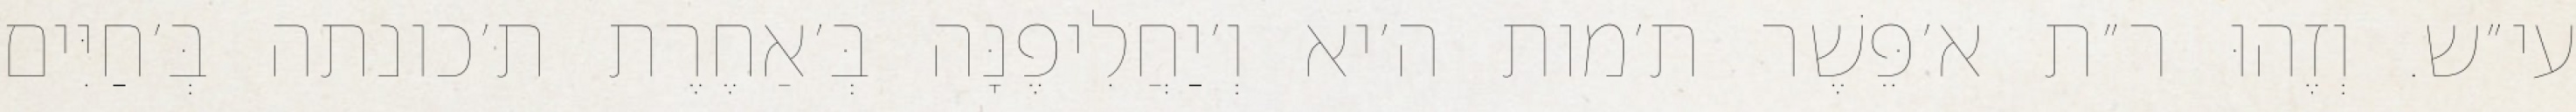
עי״ש. וְזֶהוּ ר״ת א׳פֵּשֶׁר ת׳מות ה׳יא וְ׳יַחֲלִיפֶנָּה בְּ׳אַחֶרֶת ת׳כונתה בְּ׳חַיִּים